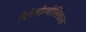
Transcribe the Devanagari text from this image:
विटेलोम्बीलिकल